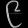
Digit: ၉